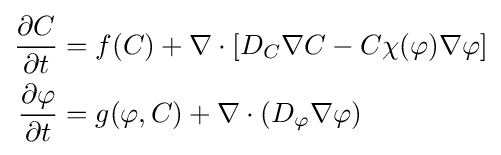
{\begin{aligned}{\partial C \over {\partial t}}&=f(C)+\nabla \cdot \left[D_{C}\nabla C-C\chi (\varphi )\nabla \varphi \right]\\{\partial \varphi  \over {\partial t}}&=g(\varphi ,C)+\nabla \cdot (D_{\varphi }\nabla \varphi )\end{aligned}}